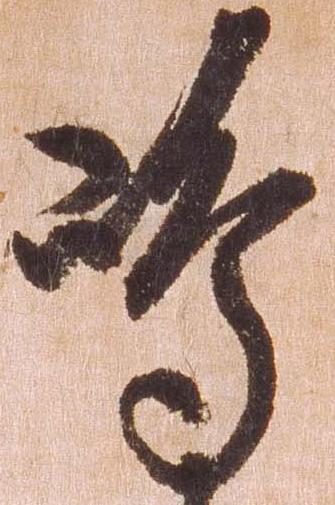
島